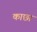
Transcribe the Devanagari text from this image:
काछा